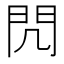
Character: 𨳋